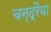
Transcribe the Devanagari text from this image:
चन्द्रैया